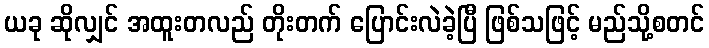
ယခု ဆိုလျှင် အထူးတလည် တိုးတက် ပြောင်းလဲခဲ့ပြီ ဖြစ်သဖြင့် မည်သို့စတင်